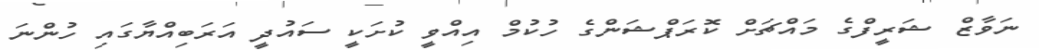
ނަވާޒް ޝަރީފްގެ މައްޗަށް ކޮރަޕްޝަންގެ ހުކުމް އިއްވީ ކުށަކީ ސައުދީ އަރަބިއްޔާގައި ހުންނަ